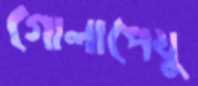
গোলাপেযু